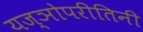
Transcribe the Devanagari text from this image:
यज्ञोपरीतिनी